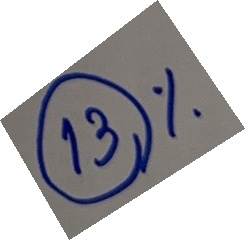
13%